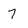
Character: 7